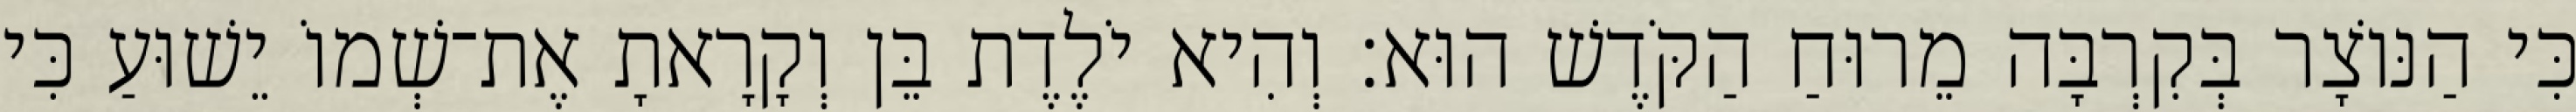
כִּי הַנּוֹצָר בְּקִרְבָּה מֵרוּחַ הַקֹּדֶשׁ הוּא׃ וְהִיא יֹלֶדֶת בֵּן וְקָרָאתָ אֶת־שְׁמוֹ יֵשׁוּעַ כִּי